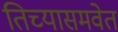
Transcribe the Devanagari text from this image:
तिच्यासमवेत